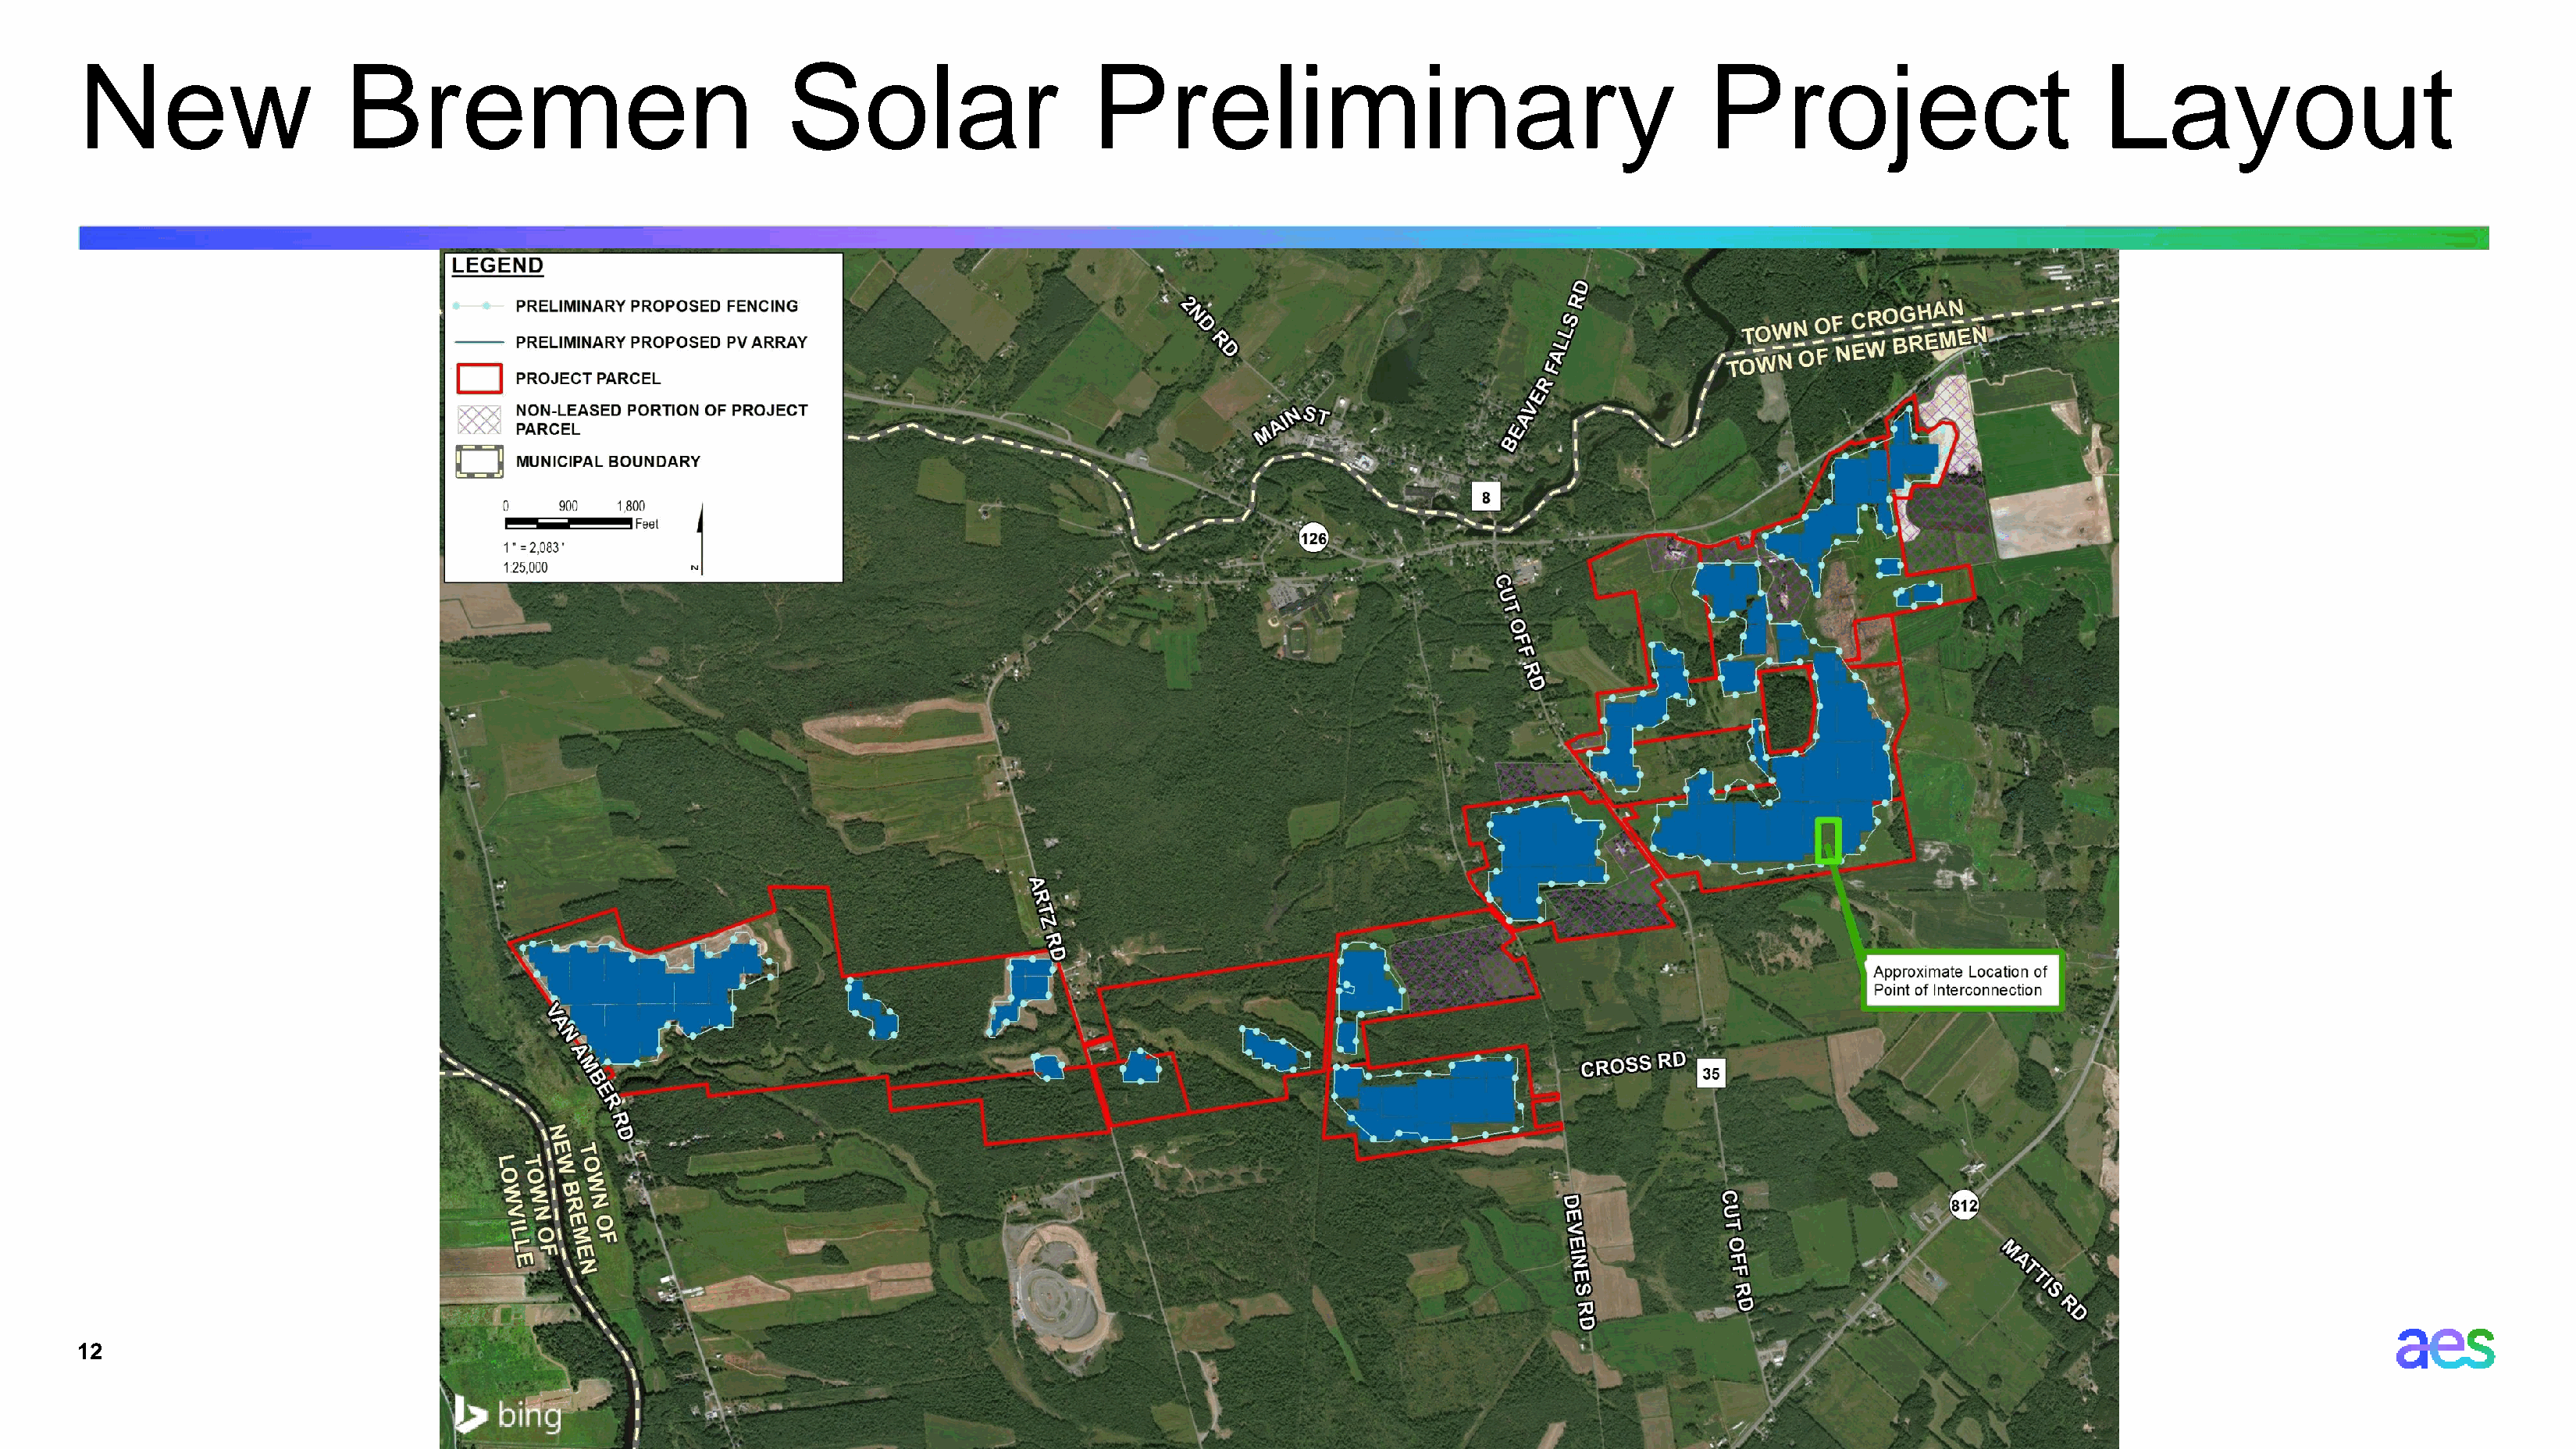
New                   Bremen                                Solar                     Preliminary                                         Project                          Layout
 12